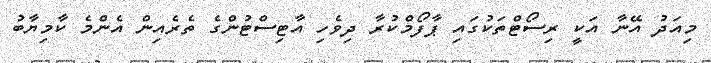
މިއަދު އޭނާ އަކީ ރިސޯޓްތަކުގައި ޕާފޯމްކުރާ ދިވެހި އާޓިސްޓުންގެ ތެރެއިން އެންމެ ކާމިޔާބު